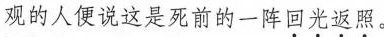
观的人便说这是死前的一阵回光返照。